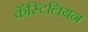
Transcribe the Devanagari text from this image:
कॅस्टिलियन